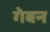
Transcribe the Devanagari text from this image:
गेबन